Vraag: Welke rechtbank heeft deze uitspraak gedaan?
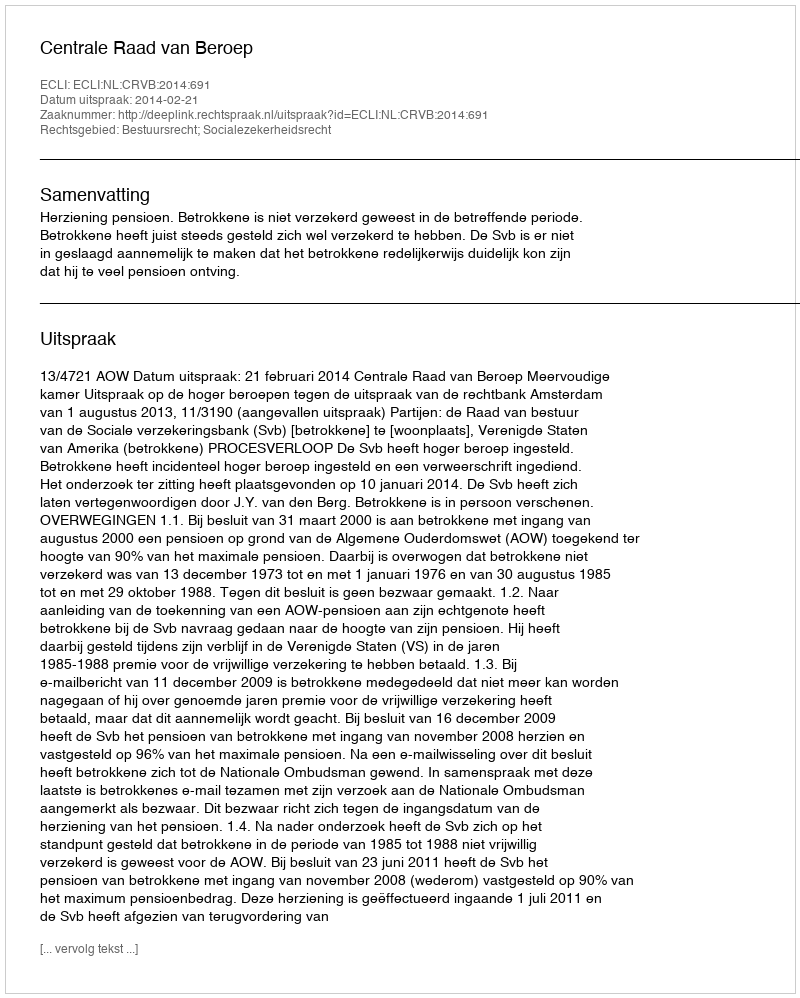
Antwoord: Centrale Raad van Beroep